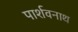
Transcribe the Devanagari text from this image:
पार्शवनाथ